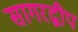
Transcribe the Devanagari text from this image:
सागरद्वीप